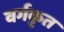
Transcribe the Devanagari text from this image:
वर्गकृत